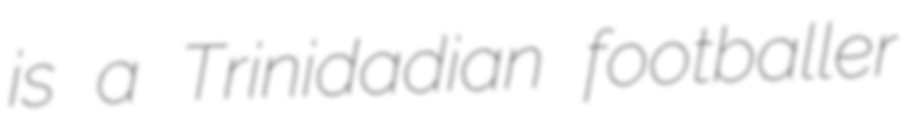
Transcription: is a Trinidadian footballer